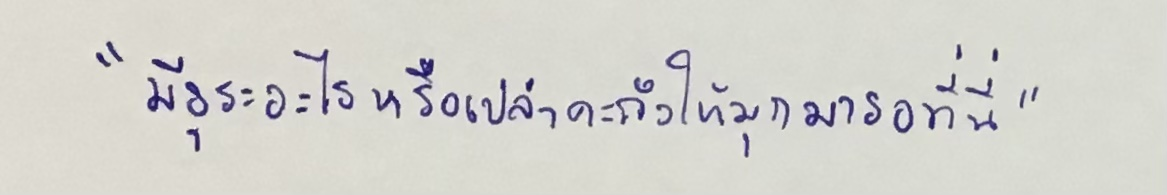
"มีธุระอะไรหรือเปล่าคะถึงให้มุกมารอที่นี่"